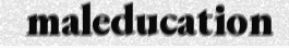
maleducation